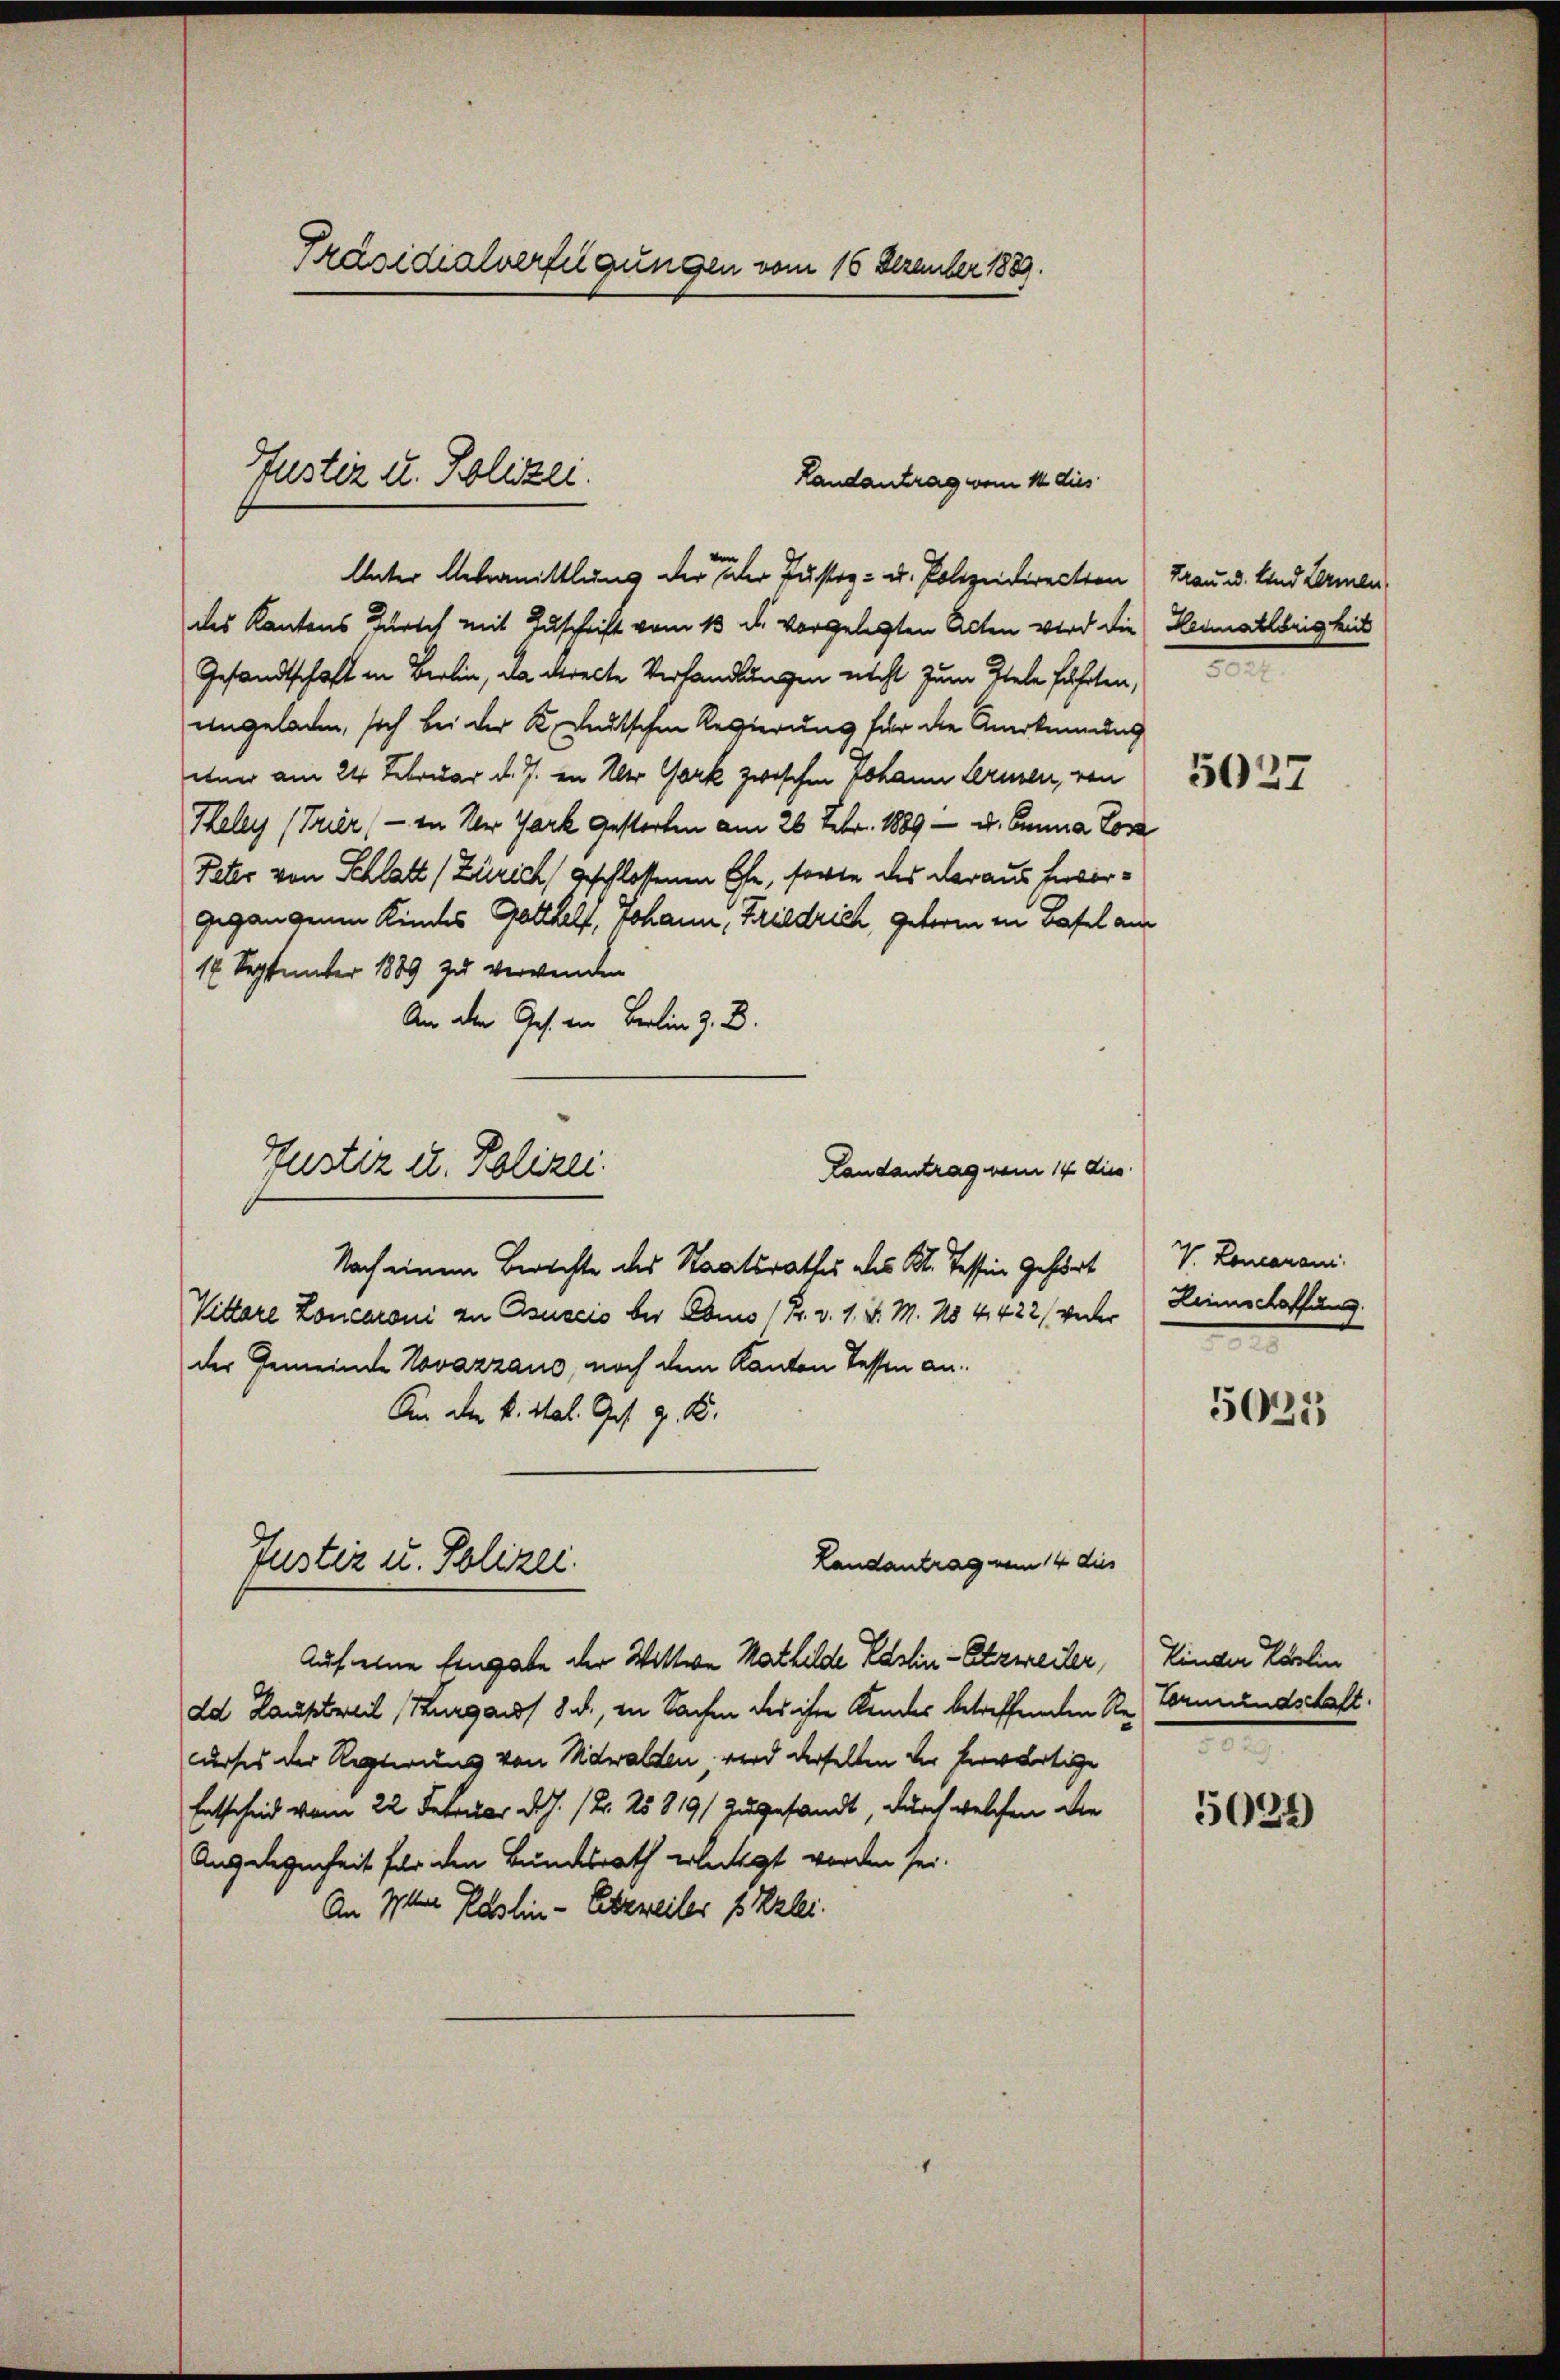
Präsidialverfügungen vom 16 Dezember 1889.

Justiz u. Polizei.
Landantrag vom 14 dies

Unter Gebranittlung der der Justiz- u. Polizeidirecten Frau u. Und Lermen
des Kantons Zürich mit Zuschrift vom 13. d. vorgelegten Acten wird die Heimatlbrigkeit
Gesandtschaft in Berlin, da directe Verhandlungen nicht zum Ziele führten,
angeladen, sich bei der K. Leutschen Regierung für die Anerkennung
waa am 24. Februar d. J. in der Gark zwischen Johann Lernen, von 27
Teley (Trier, — in der Gark gestorben am 26. Febr. 1889 - u. Canna Tor
Peter von Schlatt (Zürich geschlossenen Ehe, sorte das daraus hervorgegangenen Kindes Gotthelf, Johann, Friedrich, geform in Basel am
16 Septunter 1889 zu verwenden
An den Ges. in Berlin z. B.
Landantrag vom 14 dies
Nach einem Berechte des Staatsrathes des Kt. Tessin Gehört V. Leonaroni
Kittere Lončaroni zu suscio der Como (Fr. v. 1. d. M. No 4422/ weder
der Gemeinde Novazzaus, noch dem Kanton Tessen an.
An den k. Stal. Ges. z. B.
Landantrag vom 14 dies
Justiz u. Polizei.
Auf eine Eingabe der Wittwe Mathilde Laslin - Abzweiter, Kinder Karlin
ad Hauptweil (Kurgaus 8 u., in Sachen des ihre Kindes betreffenden Se. Vormundschaft.
curses der Regierung von Nidwalden, wird derselben der herwärtige
Entscheid vom 22. Februar d.J. (N. 25819/ zugesandt, durch welchen die
Angelegenheit für den Bundesrath erlegt worden sei.
An Iten Raslin - Eibeweiles 1 Zzlei.

Justiz u. Polizei.

Leimschaffung

5021

5024)